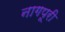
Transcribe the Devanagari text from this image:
नागपूरी